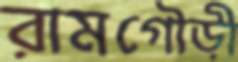
রামগৌড়ী